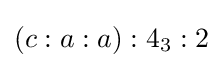
(c:a:a):4_{3}:2